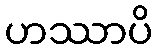
ဟဿာပိ